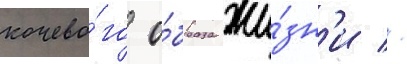
кочево́го о́браза жи́зн'и //